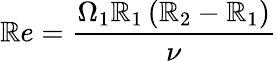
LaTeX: \mathbb{R}e=\frac{{\Omega_{1}\mathbb{R}_{1}\left(\mathbb{R}_{2}-\mathbb{R}_{1}\right)}}{{\nu}}